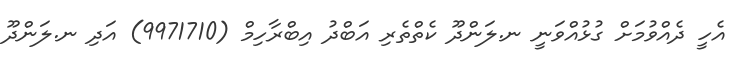
އެހީ ދެއްވުމަށް ގުޅުއްވަނީ ނ.ލަންދޫ ކެތްތެރި އަބްދު އިބްރާހިމް (9971710) އަދި ނ.ލަންދޫ